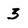
Character: 3